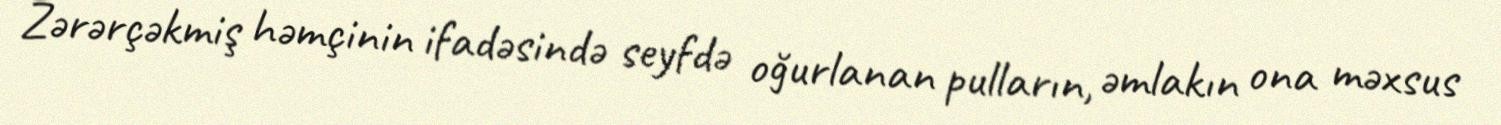
Zərərçəkmiş həmçinin ifadəsində seyfdə oğurlanan pulların, əmlakın ona məxsus